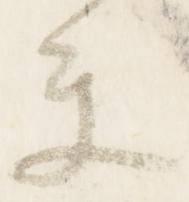
楽